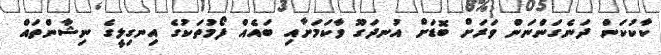
ކާކުކަން ދަނެގަންނަން ވަރަށް ބޮޑަށް އުނދަގޫ ވާކަމަށާއި ބައެއް ފޯމުތަކުގެ އިނގިލީގެ ނިޝާންތައް